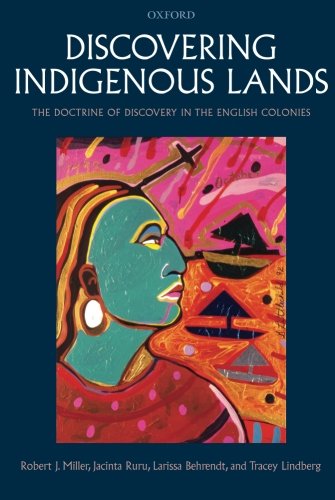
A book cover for Discovering Indigenous Lands: The Doctrine of Discovery in the English Colonies; Robert J. Miller; Law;